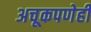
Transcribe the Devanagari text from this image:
अचूकपणेही